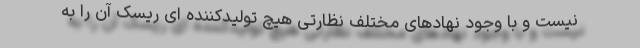
نیست و با وجود نهادهای مختلف نظارتی هیچ تولیدکننده ای ریسک آن را به